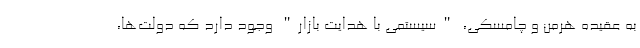
به عقیده هرمن و چامسکی، "سیستمی با هدایت بازار" وجود دارد که دولت‌ها،